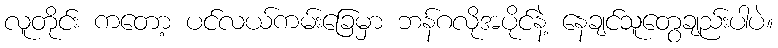
လူတိုင်း ကတော့ ပင်လယ်ကမ်းခြေမှာ ဘန်ဂလိုအပိုင်နဲ့ နေချင်သူတွေချည်းပါပဲ။